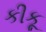
કીકૂ